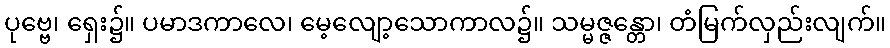
ပုဗ္ဗေ၊ ရှေး၌။ ပမာဒကာလေ၊ မေ့လျော့သောကာလ၌။ သမ္မဇ္ဇန္တော၊ တံမြက်လှည်းလျက်။